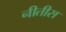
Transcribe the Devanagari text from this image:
नीतीस